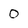
Character: 0